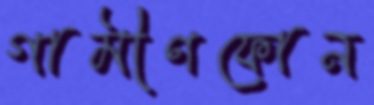
গামীণফোন